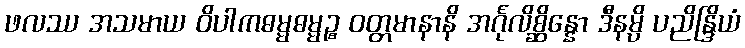
ဖလဿ အသမာယ ဝိပါကဓမ္မဓမ္မဉ္စ ဝတ္တမာနာနိ အင်္ဂုလိစ္ဆိန္နော ဒီနမ္ပိ ပညိန္ဒြိယံ